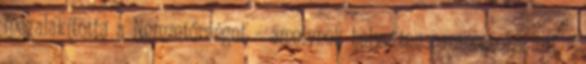
megalakította a Nemzetőrséget – amelynek helyettes parancsnoka lett –